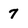
Character: 7